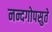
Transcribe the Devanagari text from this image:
नन्दगोपसुते